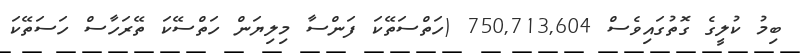
ބިމު ކުލީގެ ގޮތުގައިވެސް 750